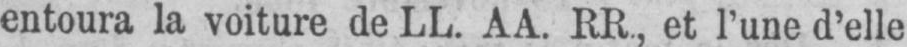
entoura la voiture de LL. AA. RR, et l’une d’elle